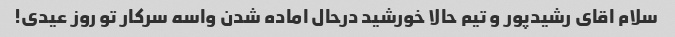
سلام اقای رشیدپور و تیم حالا خورشید درحال اماده شدن واسه سرکار تو روز عیدی!